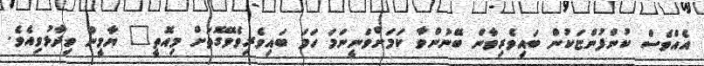
އެއްވެސް ކުންފުންޏަކުން ބައިވެރިވާން ބޭނުންވާ ކަމަށްވަނީނަމަ ހަމަ ބައިވެރިވެވޭގޮތަށް މިއޮތީ" ޔާމީން ވިދާޅުވިއެވެ.